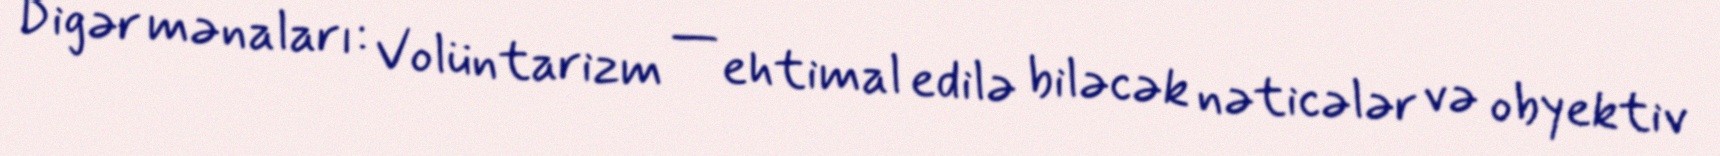
Digər mənaları: Volüntarizm — ehtimal edilə biləcək nəticələr və obyektiv